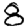
Digit: 8